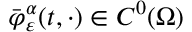
\bar { \varphi } _ { \varepsilon } ^ { \alpha } ( t , \cdot ) \in C ^ { 0 } ( \Omega )